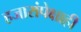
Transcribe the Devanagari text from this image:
हजारांपेक्षाही